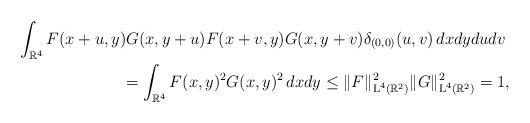
LaTeX: \begin{align*}\int_{\mathbb{R}^4} F(x+u,y)G(x,y+u)F(x+v,y)G(x,y+v) \delta_{(0,0)}(u,v) \,dx dy du dv & \\= \int_{\mathbb{R}^4} F(x,y)^2 G(x,y)^2 \,dx dy \leq \|F\|_{\textup{L}^4(\mathbb{R}^2)}^2 \|G\|_{\textup{L}^4(\mathbb{R}^2)}^2 = 1 & ,\end{align*}